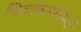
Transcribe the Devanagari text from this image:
चिदाकारमानन्दं